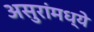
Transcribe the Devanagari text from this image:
असुरांमध्ये